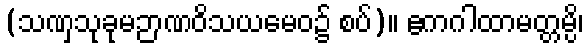
(သဏှသုခုမဉာဏဝိသယမေဝ၌ စပ်)။ ဧကဂါထာမတ္တမ္ပိ၊